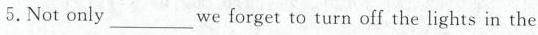
5.Not only___we forget to turn off the lights in the